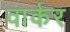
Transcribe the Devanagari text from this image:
वार्कर